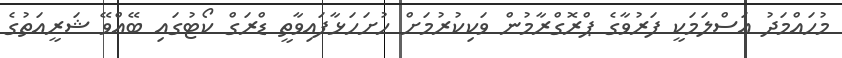
މުހައްމަދު އަސްލަމަކީ ފަރުވާގެ ޕްރޮގްރާމުން ވަކިކުރުމަށް ހުށަހަޅާފައިވާތީ ޑްރަގް ކޯޓުގައި ބޭއްވޭ ޝަރީއަތުގެ